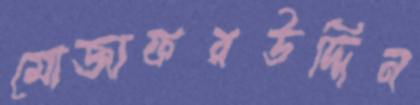
মোজাফরউদ্দিন